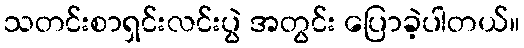
သတင်းစာရှင်းလင်းပွဲ အတွင်း ပြောခဲ့ပါတယ်။